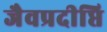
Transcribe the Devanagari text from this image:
जैवप्रदीप्ति